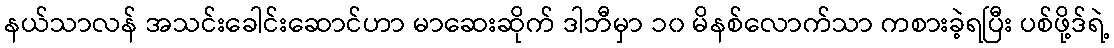
နယ်သာလန် အသင်းခေါင်းဆောင်ဟာ မာဆေးဆိုက် ဒါဘီမှာ ၁၀ မိနစ်လောက်သာ ကစားခဲ့ရပြီး ပစ်ဖို့ဒ်ရဲ့